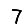
Digit: 7